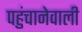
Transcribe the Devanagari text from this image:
पहुंचानेवाली